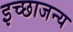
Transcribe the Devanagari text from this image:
इच्छाजन्य